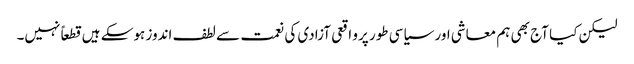
لیکن کیا آج بھی ہم معاشی اور سیاسی طور پرو اقعی آزادی کی نعمت سے لطف اندوز ہوسکے ہیں قطعاً نہیں۔